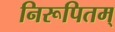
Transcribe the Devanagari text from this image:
निरूपितम्